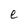
Character: e